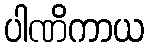
ပါဏိကာယ